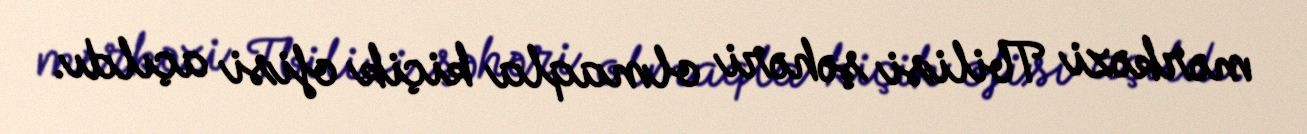
mərkəzi Tbilisi şəhəri olmaqla kiçik ofisi açıldı.